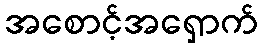
အစောင့်အရှောက်